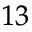
^ { 1 3 }